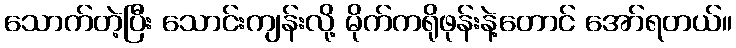
သောက်တဲ့ပြီး သောင်းကျန်းလို့ မိုက်ကရိုဖုန်းနဲ့တောင် အော်ရတယ်။